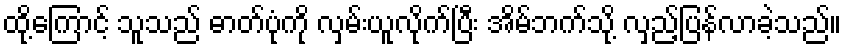
ထို့ကြောင့် သူသည် ဓာတ်ပုံကို လှမ်းယူလိုက်ပြီး အိမ်ဘက်သို့ လှည့်ပြန်လာခဲ့သည်။